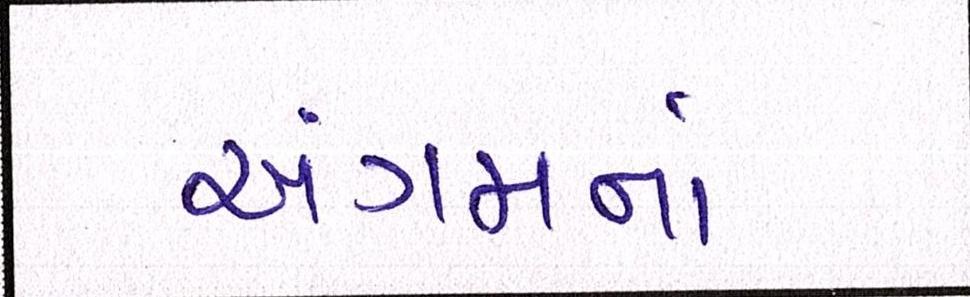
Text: અંગમનાં